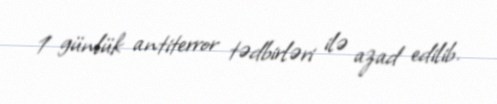
1 günlük antiterror tədbirləri ilə azad edilib.